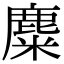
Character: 麋